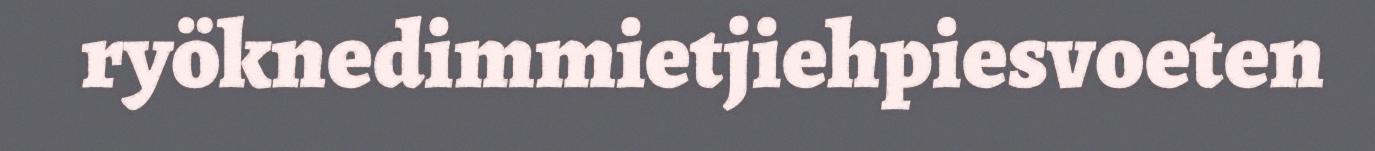
ryöknedimmietjiehpiesvoeten